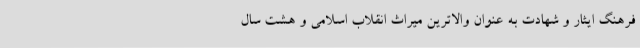
فرهنگ ایثار و شهادت به عنوان والاترین میراث انقلاب اسلامی و هشت سال